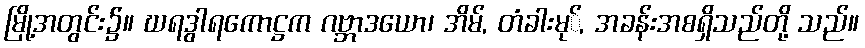
မြို့အတွင်း၌။ ဃရဒွါရကောဋ္ဌက ဂဗ္ဘာဒယော၊ အိမ်, တံခါးမု်, အခန်းအစရှိသည်တို့ သည်။